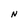
Character: N